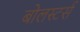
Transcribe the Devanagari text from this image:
बोलस्टर्स